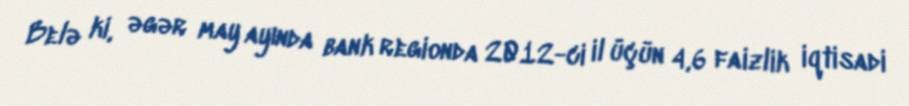
Belə ki, əgər may ayında bank regionda 2012-ci il üçün 4,6 faizlik iqtisadi